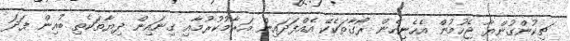
ޗިކުންގުންޔާ ޖެހުމުން އެހެނިހެން ރޯގާތަކެކޭ އެއްފަދައިން އަރާމުކުރުމާއި ގިނައިން ދިޔާތަކެތި ބުއިން ފަދަ